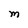
Character: m